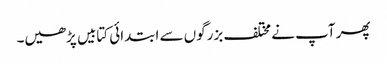
پھر آپ نے مختلف بزرگوں سے ابتدائی کتابیں پڑھیں۔